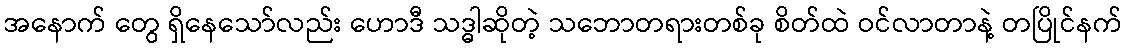
အနောက် တွေ ရှိနေသော်လည်း ဟောဒီ သဒ္ဓါဆိုတဲ့ သဘောတရားတစ်ခု စိတ်ထဲ ဝင်လာတာနဲ့ တပြိုင်နက်